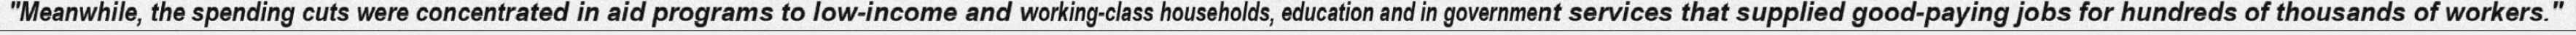
"Meanwhile, the spending cuts were concentrated in aid programs to low-income and working-class households, education and in government services that supplied good-paying jobs for hundreds of thousands of workers."